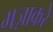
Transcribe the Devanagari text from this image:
मज़ाकरे